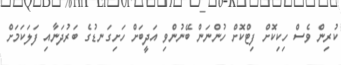
ކުރިން ވެސް ހިކިކޮށް ފިޓްކޮށް ހުންނަން ބޭނުންވި އަދީބަށް ހަށިގަނޑުގެ ބަރުދަނާއި ފަލަކަމަށް